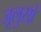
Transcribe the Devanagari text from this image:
जूलुसों